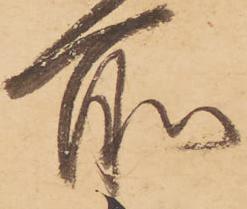
所